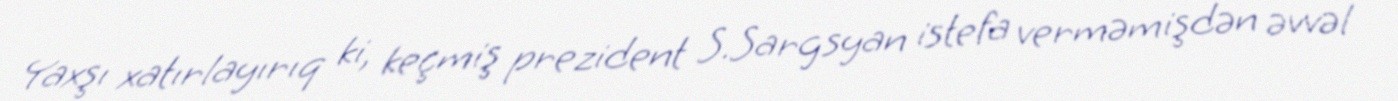
Yaxşı xatırlayırıq ki, keçmiş prezident S.Sargsyan istefa verməmişdən əvvəl